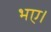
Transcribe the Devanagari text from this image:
भए।